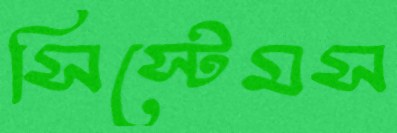
সিস্টেমস